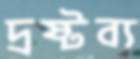
দ্রষ্টব্য